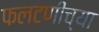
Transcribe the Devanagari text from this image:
फलटणीच्या